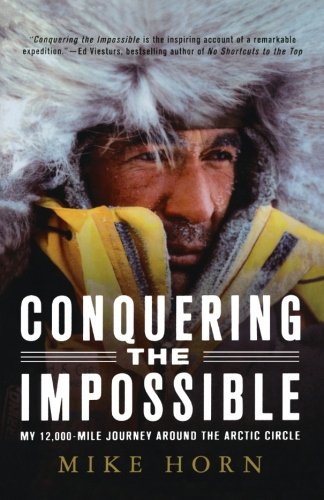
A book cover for Conquering the Impossible: My 12,000-Mile Journey Around the Arctic Circle; Mike Horn; Travel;